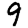
Digit: 9